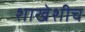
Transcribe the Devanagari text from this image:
शाखेशीच